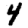
Digit: 4